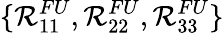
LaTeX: \{ \mathcal{R}_{11}^{FU},\mathcal{R}_{22}^{FU},\mathcal{R}_{33}^{FU}\}